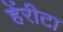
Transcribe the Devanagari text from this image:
हेंरीटा